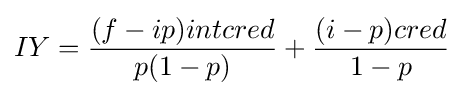
{IY={\frac {(f-ip)intcred}{p(1-p)}}+{\frac {(i-p)cred}{1-p}}}